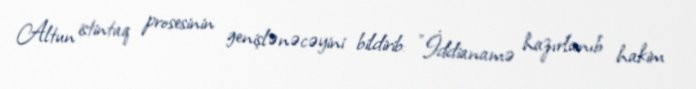
Altun istintaq prosesinin genişlənəcəyini bildirib: "İddianamə hazırlanıb hakim